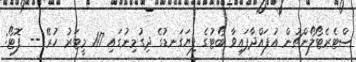
ސްޓެރެޓޯލޯންޗުން އުފައްދާފައިވާ ބޯޓުގެ ފިޔަގަނޑުގެ ދިގުމިނުގައި 117 މީޓަރު ހުރޭ -- ފޮޓޯ: